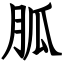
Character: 胍